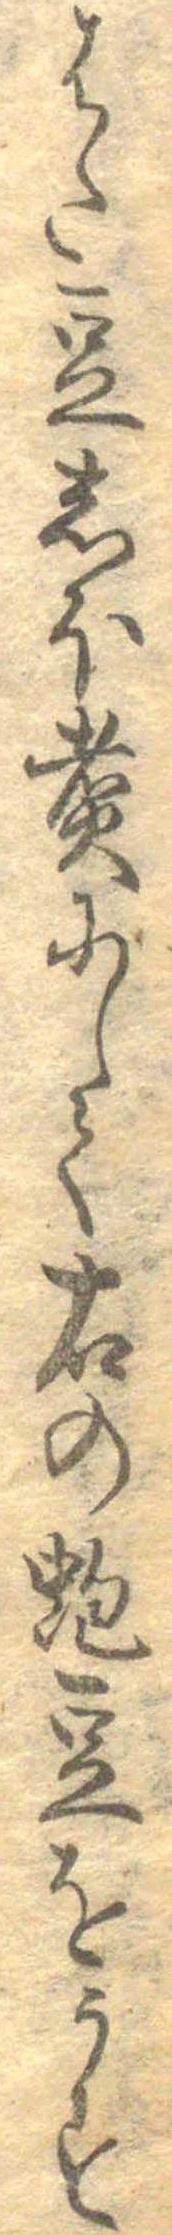
はた豆しほ煮にして右の蚫豆をうす